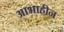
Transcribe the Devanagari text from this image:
आभाहीन